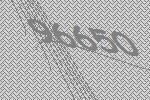
96650